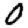
Digit: 0